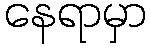
နေရာမှာ